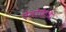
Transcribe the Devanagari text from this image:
ऐलोपैथि